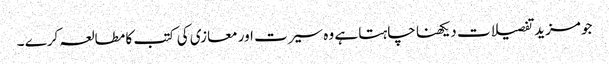
جو مزید تفصیلات دیکھنا چاہتا ہے وہ سیرت اور معازی کی کتب کا مطالعہ کرے ۔